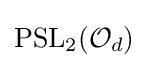
{\text{PSL}}_{2}({\mathcal {O}}_{d})